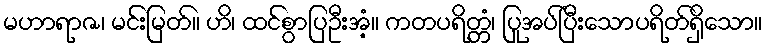
မဟာရာဇ၊ မင်းမြတ်။ ဟိ၊ ထင်စွာပြဦးအံ့။ ကတပရိတ္တံ၊ ပြုအပ်ပြီးသောပရိတ်ရှိသော။